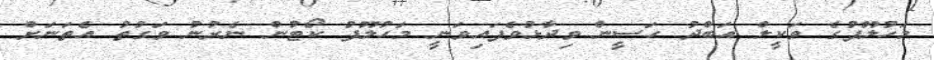
މަހުލޫފުގެ ވަކީލް އަބްދު ހަސީން ވިދާޅުވެފައިވަނީ މަހުލޫފު ކޯޓުން ނެރުނު ވަގުތު އެތަނަށް